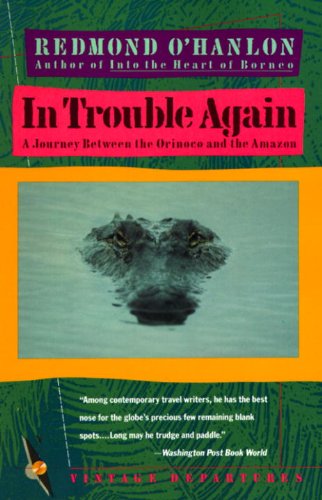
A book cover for In Trouble Again: A Journey Between Orinoco and the Amazon; Redmond O'Hanlon; Travel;